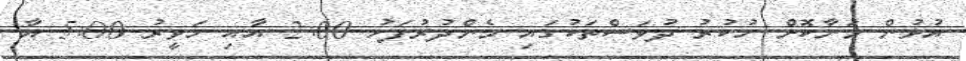
އުޅުން މަނާކޮށް ހުކުރު ދުވަސްތަކުގައި މެންދުރުފަހު 2:00 އާއި ހަވީރު 5:00 އާ